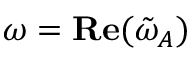
\omega = \mathbf { R e } ( \tilde { \omega } _ { A } )